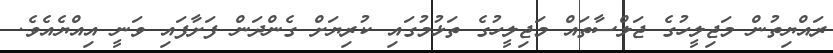
ރައްޔިތުން މަޖިލީހުގެ ޖަލްސާތައް މަޖިލީހުގެ ތަޅުމުގައި ކުރިޔަށް ގެންދަން ފަށާފައި ވަނީ އިއްޔެއެވެ.